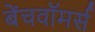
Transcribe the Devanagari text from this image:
बेंचवॉमर्स